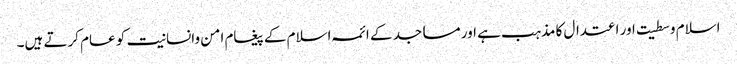
اسلام وسطیت اور اعتدال کا مذہب ہے اور مساجد کے ائمہ اسلام کے پیغام امن وانسانیت کو عام کرتے ہیں۔